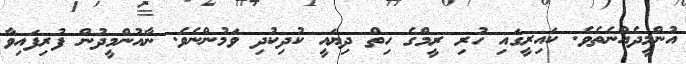
އުންމީދެއްނެތެވެ. ކައިރީގައި ހުރި ރީމްގެ ހިތް ދިޔައީ ކުދިކުދި ވަމުންނެވެ. ނާއުންމީދުން ފުރިފައިވާ